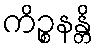
ကိဉ္စနန္တိ